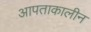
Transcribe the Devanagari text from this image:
आपताकालीन